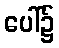
ပေါ်၌